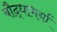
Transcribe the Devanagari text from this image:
बौद्धाभर्या